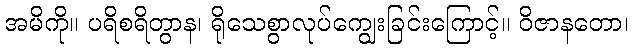
အမိကို။ ပရိစရိတွာန၊ ရိုသေစွာလုပ်ကျွေးခြင်းကြောင့်။ ဝိဇာနတော၊